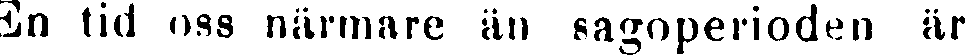
En tid oss närmare än sagoperioden är